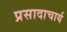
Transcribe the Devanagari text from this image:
प्रसादाचार्य